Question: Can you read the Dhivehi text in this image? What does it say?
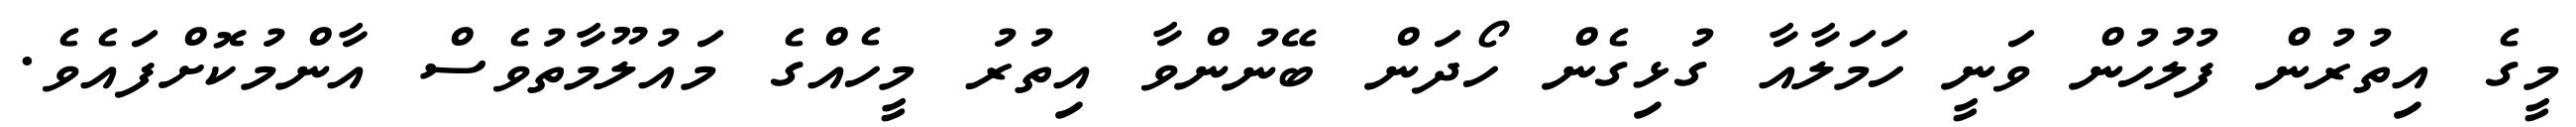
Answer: މީގެ އިތުރުން ފުލުހުން ވަނީ ހަމަލާއާ ގުޅިގެން ހޯދަން ބޭނުންވާ އިތުރު މީހެއްގެ މައުލޫމާތުވެސް އާންމުކޮށްފައެވެ.